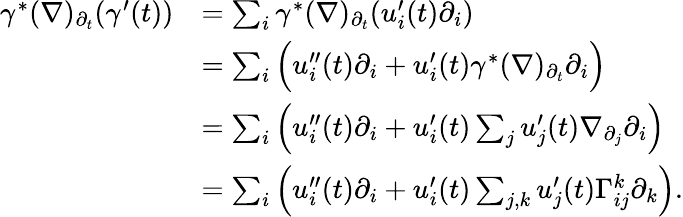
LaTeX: \begin{array}{rl}{\gamma^{\ast}(\nabla)_{\partial_{t}}(\gamma^{\prime}(t))}&{=\sum_{i}\gamma^{\ast}(\nabla)_{\partial_{t}}(u_{i}^{\prime}(t)\partial_{i})}\\ &{=\sum_{i}\Big(u_{i}^{\prime\prime}(t)\partial_{i}+u_{i}^{\prime}(t)\gamma^{\ast}(\nabla)_{\partial_{t}}\partial_{i}\Big)}\\ &{=\sum_{i}\Big(u_{i}^{\prime\prime}(t)\partial_{i}+u_{i}^{\prime}(t)\sum_{j}u_{j}^{\prime}(t)\nabla_{\partial_{j}}\partial_{i}\Big)}\\ &{=\sum_{i}\Big(u_{i}^{\prime\prime}(t)\partial_{i}+u_{i}^{\prime}(t)\sum_{j,k}u_{j}^{\prime}(t)\Gamma_{ij}^{k}\partial_{k}\Big).}\end{array}